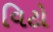
વિટો